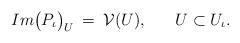
LaTeX: \begin{align*}Im \big( P_{\iota} \big)_U \: = \: {\cal V} (U), \hspace{0.7cm} U \subset U_{\iota}.\end{align*}